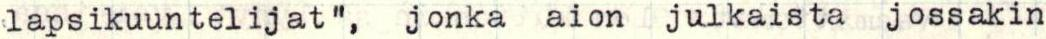
lapsikuuntelijat", jonka aion julkaista jossakin